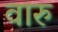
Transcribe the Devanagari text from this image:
वारु